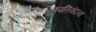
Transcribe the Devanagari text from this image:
गणपतिवंदना